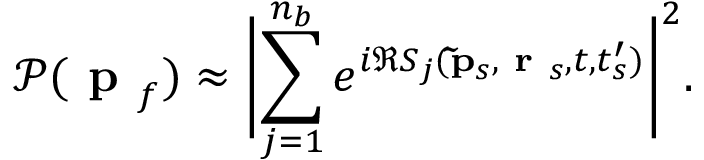
\mathcal { P } ( \textbf { p } _ { f } ) \approx \biggl | \displaystyle \sum _ { j = 1 } ^ { n _ { b } } e ^ { i \Re S _ { j } ( \mathbf { \tilde { p } } _ { s } , \textbf { r } _ { s } , t , t _ { s } ^ { \prime } ) } \biggr | ^ { 2 } .